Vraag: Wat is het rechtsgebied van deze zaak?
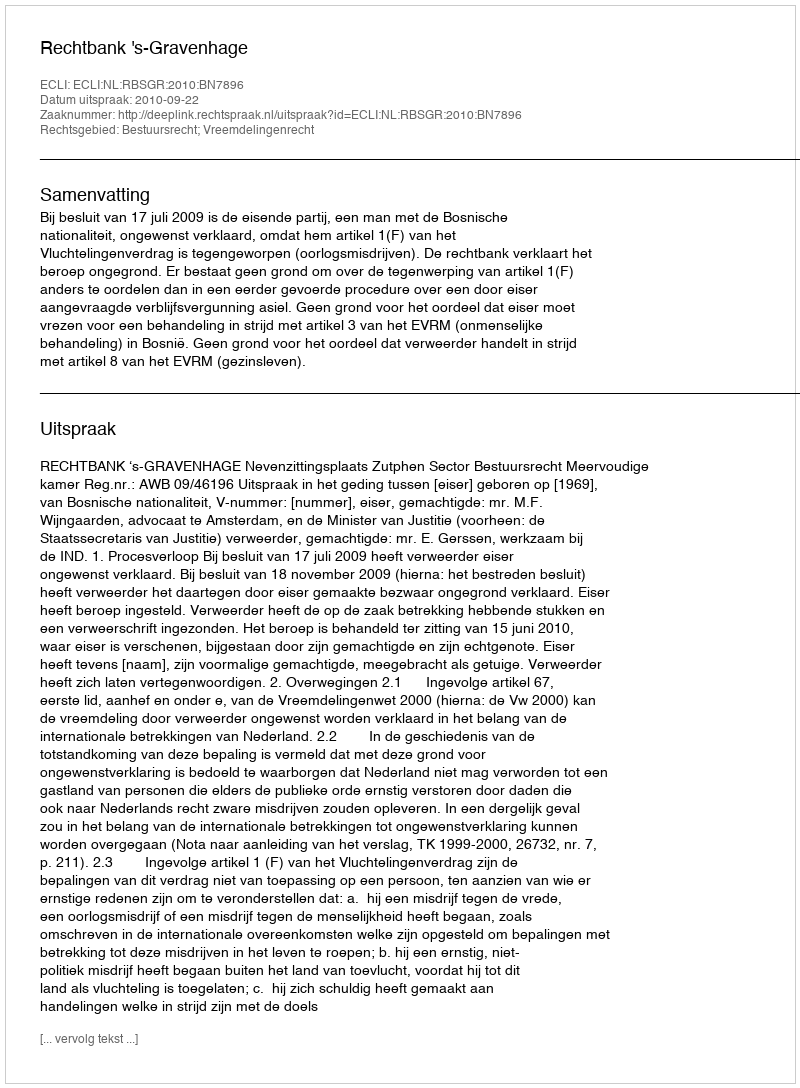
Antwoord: Bestuursrecht; Vreemdelingenrecht